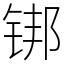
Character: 䦁